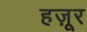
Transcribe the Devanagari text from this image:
हज़ूर